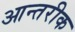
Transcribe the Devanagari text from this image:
आन्तरीक